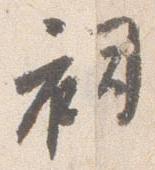
祠